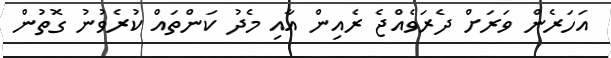
އަހަރެން ވަރަށް ދެރަވެއްޖެ ރެއިން އާއި މެދު ކަންތައް ކުރެވުނު ގޮތުން